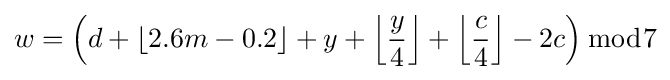
w=\left(d+\lfloor 2.6m-0.2\rfloor +y+\left\lfloor {\frac {y}{4}}\right\rfloor +\left\lfloor {\frac {c}{4}}\right\rfloor -2c\right){\bmod {7}}